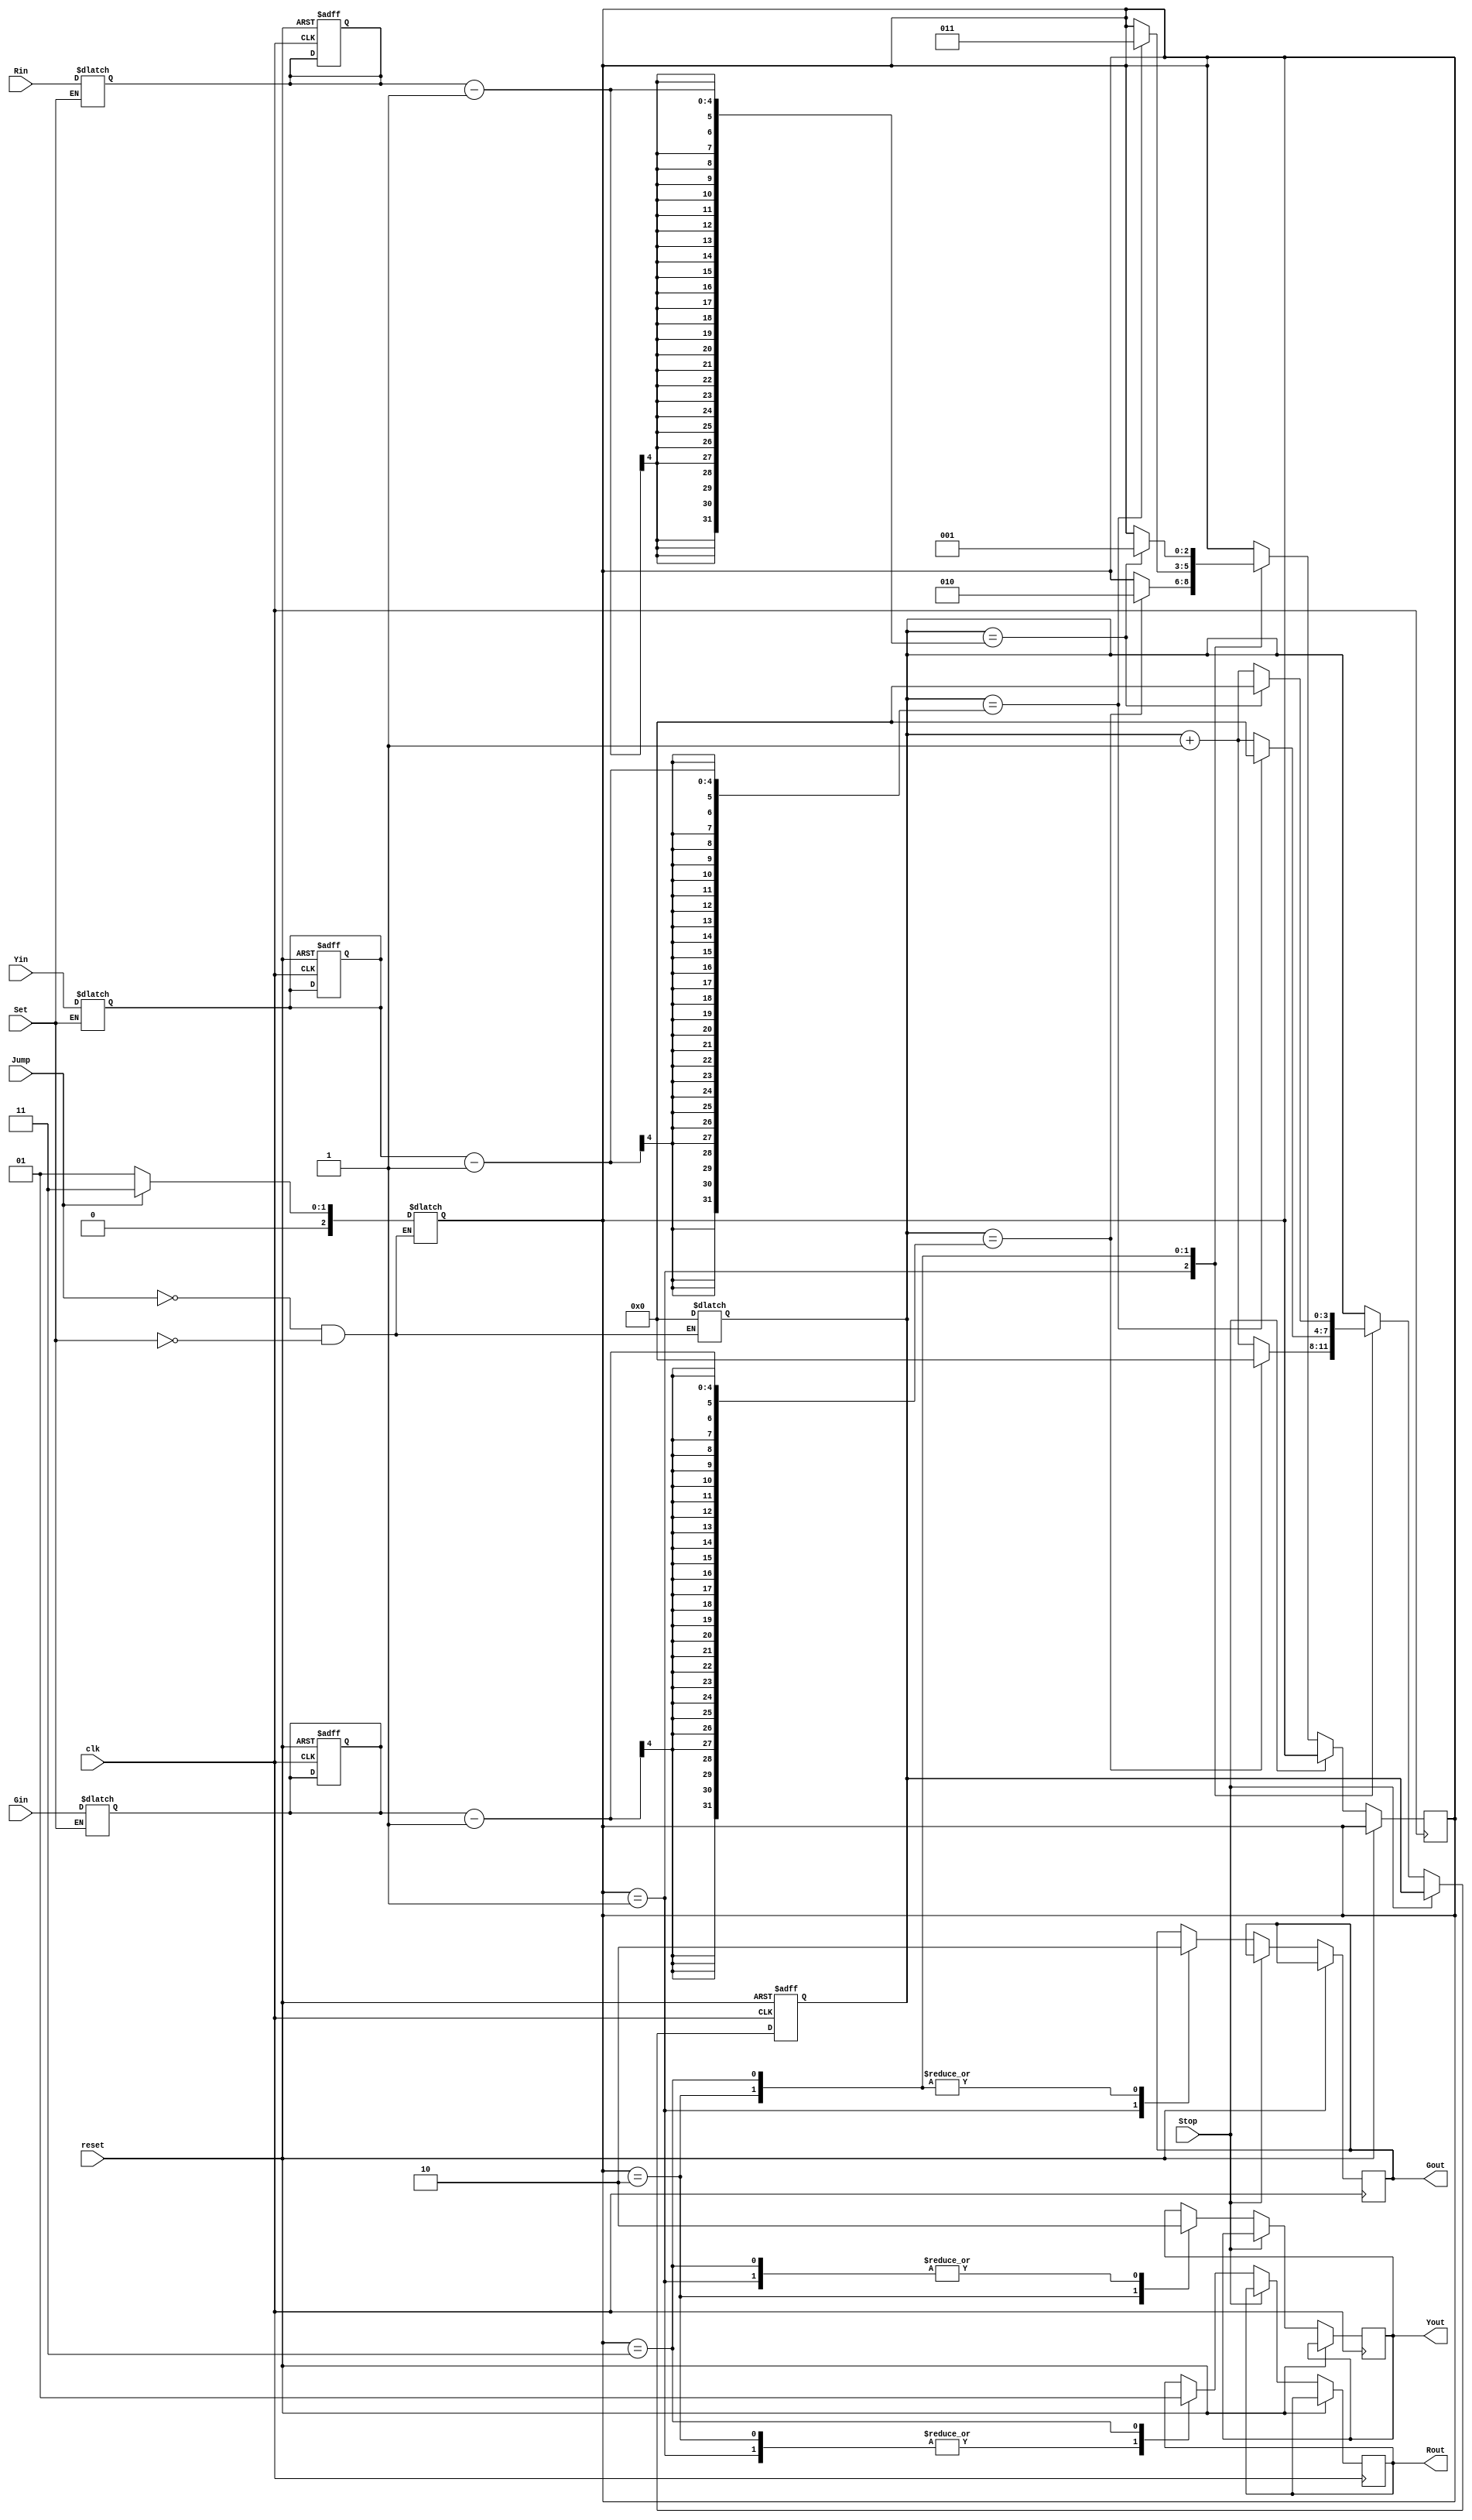
module TLS(clk, reset, Set, Stop, Jump, Gin, Yin, Rin, Gout, Yout, Rout);
input           clk;
input           reset;
input           Set;
input           Stop;
input           Jump;
input     [3:0] Gin;
input     [3:0] Yin;
input     [3:0] Rin;
output    reg   Gout;
output    reg   Yout;
output    reg   Rout;

parameter set = 3'b000;
parameter green = 3'b001;
parameter yellow = 3'b010;
parameter red = 3'b011;

reg [2:0]state;
reg [3:0]g_tmp, y_tmp, r_tmp;
reg [3:0]counter;

    always@(Set or Jump)begin
        if(Set==1'b1)begin
            g_tmp=Gin;
            y_tmp=Yin;
            r_tmp=Rin;
            counter=0;
            state=green;
        end
        if(Jump==1'b1)begin
            state=red;
            counter=0;
        end
    end

    always@(posedge clk or posedge reset)begin
        if(reset)begin
            g_tmp<=0;
            y_tmp<=0;
            r_tmp<=0;
            counter<=0;
        end
        else begin
            if(!Stop)begin
                case(state)
                    green:begin
                        Gout<=1;
                        Yout<=0;
                        Rout<=0;
                        counter<=counter+4'd1;
                        if(counter==g_tmp-1)begin
                            state<=yellow;
                            counter<=0;
                        end
                    end
                    yellow:begin
                        Gout<=0;
                        Yout<=1;
                        Rout<=0;
                        counter<=counter+4'd1;
                        if(counter==y_tmp-1)begin
                            state<=red;
                            counter<=0;
                        end
                    end
                    red:begin
                        Gout<=0;
                        Yout<=0;
                        Rout<=1;
                        counter<=counter+4'd1;
                        if(counter==r_tmp-1)begin
                            state<=green;
                            counter<=0;
                        end
                    end
                endcase
            end
        end
    end

endmodule